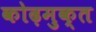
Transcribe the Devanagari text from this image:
कोढ़मुक्त